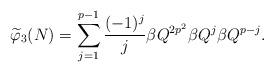
LaTeX: \begin{align*}\widetilde{\varphi}_3(N)=\sum_{j=1}^{p-1}\frac{(-1)^{j}}{j}\beta Q^{2p^2}\beta Q^{j}\beta Q^{p-j}.\end{align*}